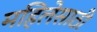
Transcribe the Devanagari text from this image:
महिलेसाठी